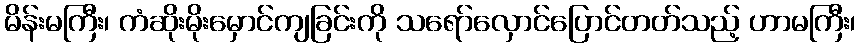
မိန်းမကြီး၊ ကံဆိုးမိုးမှောင်ကျခြင်းကို သရော်လှောင်ပြောင်တတ်သည့် ဟာမကြီး၊